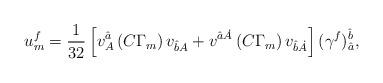
LaTeX: \begin{align*}u^{{ {f}}}_{{ m}} = {1\over 32}\left[v^{{\hat a}}_{{ A}}\left(C\Gamma _{{ m}}\right)v_{{\hat b}{A}}+v^{{\hat a}{\dot A}} \left(C\Gamma _{{ m}}\right)v_{{\hat b}{\dot A}}\right] (\gamma ^{f})^{{{\hat b}}}_{{\hat a}} ,\end{align*}